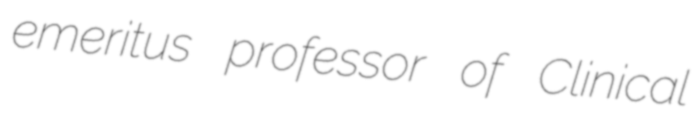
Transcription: emeritus professor of Clinical